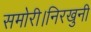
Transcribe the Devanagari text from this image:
समोरी।निरखुनी